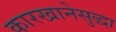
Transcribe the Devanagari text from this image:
कारखानेसुद्धा